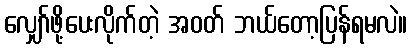
လျှော်ဖို့ပေးလိုက်တဲ့ အဝတ် ဘယ်တော့ပြန်ရမလဲ။